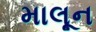
માલૂન